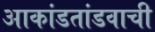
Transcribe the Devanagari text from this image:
आकांडतांडवाची